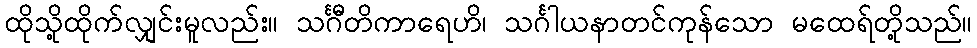
ထိုသို့ထိုက်လျှင်းမူလည်း။ သင်္ဂီတိကာရေဟိ၊ သင်္ဂါယနာတင်ကုန်သော မထေရ်တို့သည်။